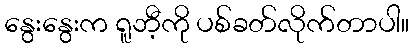
နွေးနွေးက ရူဘီ့ကို ပစ်ခတ်လိုက်တာပါ။